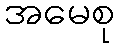
အမေစု